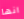
انها